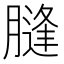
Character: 膖